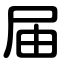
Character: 届